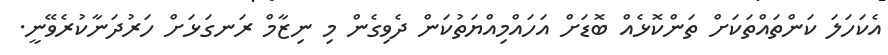
އެކަހަލަ ކަންތައްތަކަށް ތަންކޮޅެއް ބޮޑަށް އަހައްމިއްޔަތުކަން ދެވިގެން މި ނިޒާމް ރަނގަޅަށް ހަރުދަނާކުރެވޭނީ.